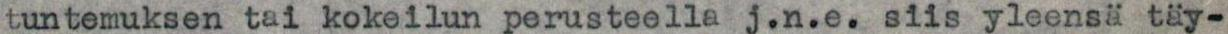
tuntemuksen tai kokeilun perusteella j.n.e. siis yleensä täy-